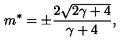
m \sp * = \pm { \frac { 2 \sqrt { 2 \gamma + 4 } } { \gamma + 4 } } ,